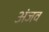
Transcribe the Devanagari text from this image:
अंजव